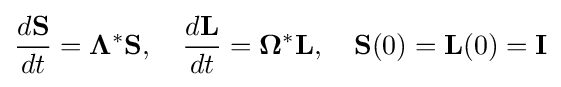
{\frac {d\mathbf {S} }{dt}}=\mathbf {\Lambda } ^{*}\mathbf {S} ,\quad {\frac {d\mathbf {L} }{dt}}=\mathbf {\Omega } ^{*}\mathbf {L} ,\quad \mathbf {S} (0)=\mathbf {L} (0)=\mathbf {I}